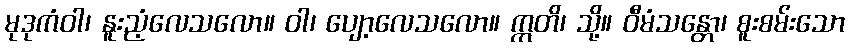
မုဒုကံဝါ၊ နူးညံ့လေသလော။ ဝါ၊ ပျော့လေသလော။ ဣတိ၊ သို့။ ဝီမံသန္တော၊ စူးစမ်းသော